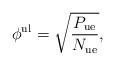
LaTeX: \begin{align*}\phi^{\mathrm{ul}} = \sqrt{\frac{P_{\mathrm{ue}}}{N_{\mathrm{\mathrm{ue}}}}},\end{align*}